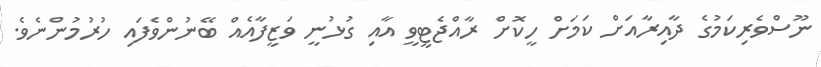
ނޫސްވެރިކަމުގެ ދާއިރާއަށް ކަމަށް ހީކޮށް ރާއްޖެޓީވީ އާއި ގުޅުނީ ވަޒީފާއެއް ބޭނުންވެފައި ހުރުމުންނެވެ.